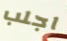
اجلب